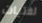
لفتيات